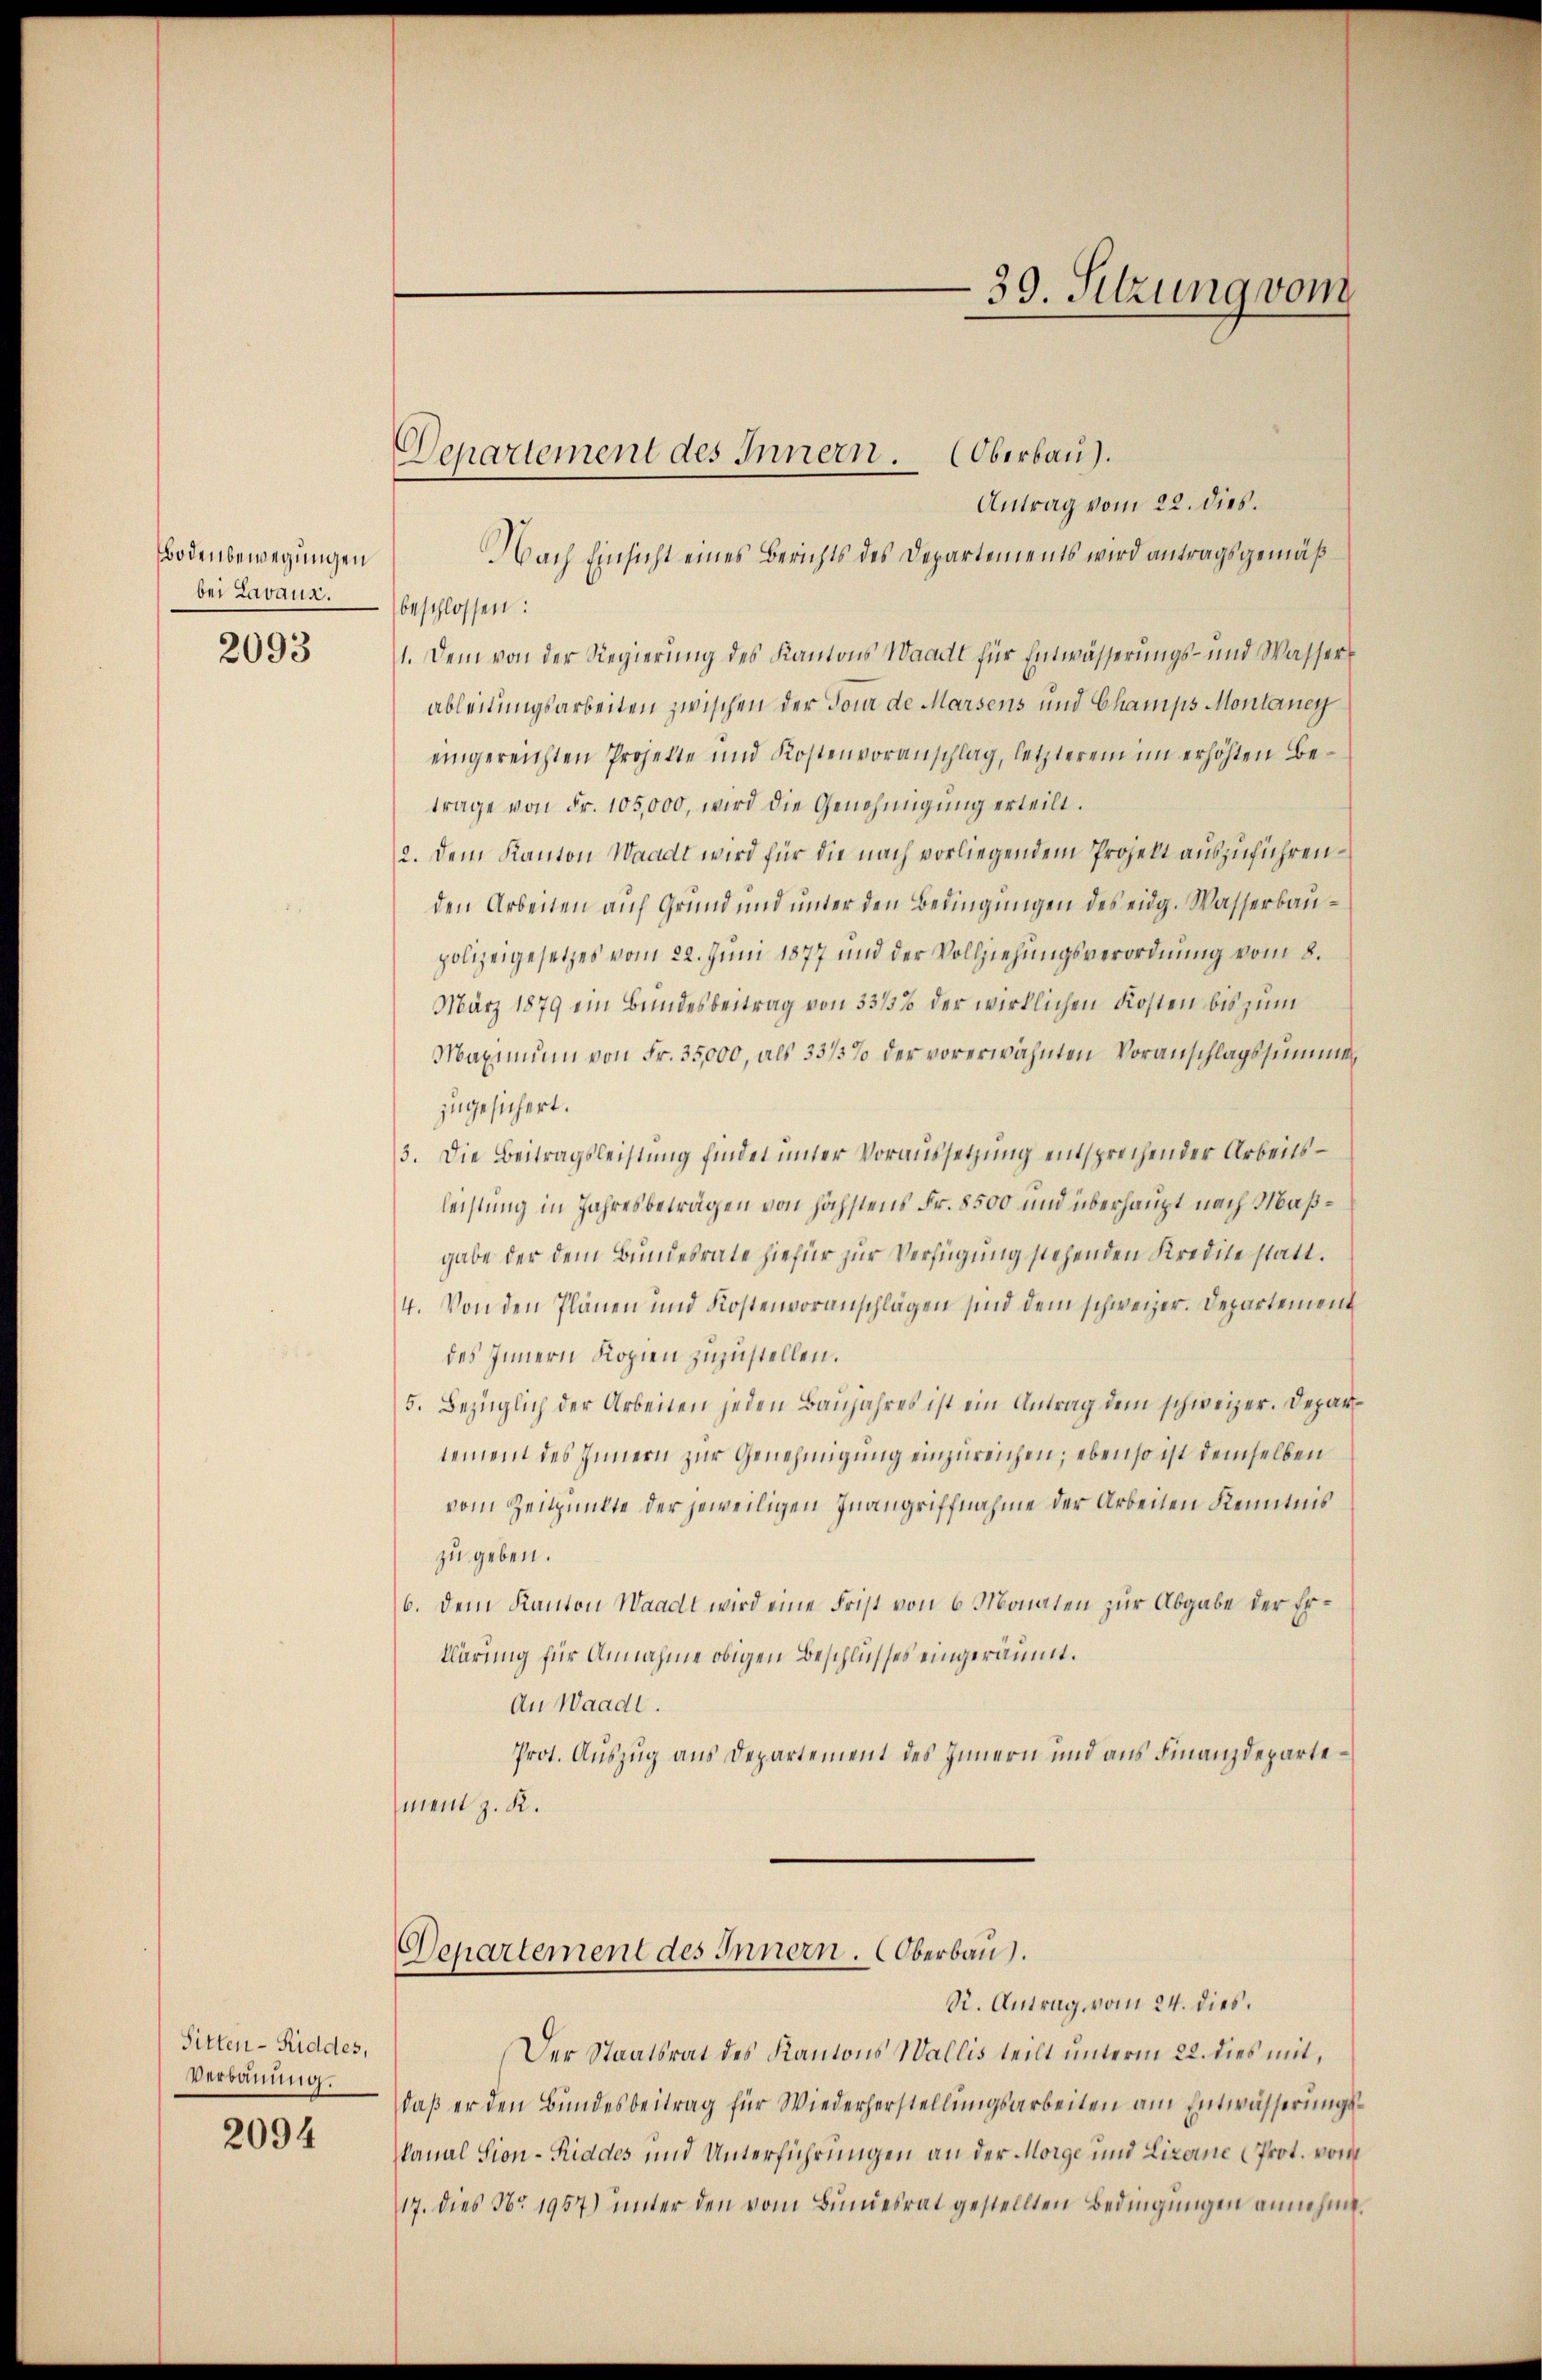
Bodenbewegungen
bei Lavaux.
2093

Antrag vom 22. dies.
NNach Einsicht eines Berichts des Departements wird antragsgemäß
beschlossen:
1. Dem von der Regierung des Kantons Waadt für Entwässerungs- und Wasser
ableitungsarbeiten zwischen der Tour de Marsens und Champs Montaney
eingereichten Projekte und Kostenvoranschlag, letzterem im erhöhten Betrage von Fr. 105,000, wird die Genehmigung erteilt.
2. Dem Kanton Waadt wird für die nach vorliegendem Projekt auszuführenden Arbeiten auf Grund und unter den Bedingungen des eidg. Wasserbaupolizeigesetzes vom 22. Juni 1877 und der Vollziehungsverordnung vom 8.
März 1879 ein Bundesbeitrag von 3315% der wirklichen Kosten bis zum
Maximum von Fr. 35000, als 33/3% der vorerwähnten Voranschlagssumme
zugesichert.
3. Die Beitragsleistung findet unter Voraussetzung entsprechender Arbeitsleistung in Jahresbeträgen von höchstens Fr. 8500 und überhaupt nach Maßgabe der dem Bundesrate hiefür zur Verfügung stehenden Kredite statt¬
4. Von den Plänen und Kostenvoranschlägen sind dem schweizer. Departement
des Innern Kopien zuzustellen.
5. Bezüglich der Arbeiten jeden Baŭjahres ist ein Antrag dem schweizer. Departement des Innern zur Genehmigung einzureichen; ebenso ist demselben
vom Zeitpunkte der jeweiligen Inangriffnahme der Arbeiten Kenntnis
zu geben.
6. Dem Kanton Waadt wird eine Frist von 6 Monaten zur Abgabe der Erklärung für Annahme obigen Beschlusses eingeräumt.
An Waadt.
Prot. Auszug aus Departement des Innern und aus Finanzdepartement z. R.

Sitten- Süddes,
Verbauung.
2094

Departement des Innern. Oberbau).

39. Sitzung vom

Departement des Innern. Oberbau
R. Antrag vom 24. dies.

Der Staatsrat des Kantons Wallis teilt unterm 22. dies mit,
daß er den Bundesbeitrag für Wiederherstellungsarbeiten am Entwässerungskanal Sion-Riades und Unterführungen an der Morge und Lizoine Prot. vom
17. dies No. 1957) unter den vom Bŭndesrat gestellten Bedingungen annehme.